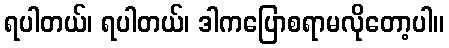
ရပါတယ်၊ ရပါတယ်၊ ဒါကပြောစရာမလိုတော့ပါ။